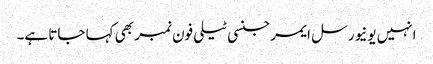
انہیں یونیورسل ایمرجنسی ٹیلی فون نمبر بھی کہا جاتا ہے۔